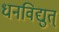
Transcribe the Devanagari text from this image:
धनविद्युत्